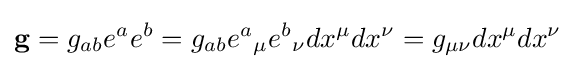
\mathbf {g} =g_{ab}e^{a}e^{b}=g_{ab}e^{a}{}_{\mu }e^{b}{}_{\nu }dx^{\mu }dx^{\nu }=g_{\mu \nu }dx^{\mu }dx^{\nu }